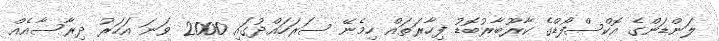
ލަންޑަންގެ އޮކްސްފޯޑްގެ ކާރޫބާރުބޮޑު ފިހާރަތައް ހިމެނޭ ސަރަހައްދުގައި 2000 ވަނަ އަހަރު ދިރާސާއެއް